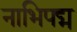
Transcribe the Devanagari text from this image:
नाभिपद्म